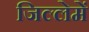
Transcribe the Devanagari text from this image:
जिल्लेमें